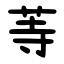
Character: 䓁